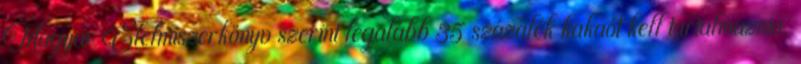
Magyar Élelmiszerkönyv szerint legalább 35 százalék kakaót kell tartalmaznia.